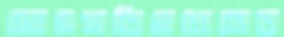
জেএমবিপ্রধানের